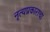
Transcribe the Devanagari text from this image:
नृत्यप्रकाराचा